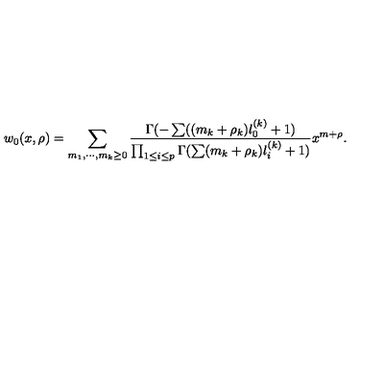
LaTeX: w _ { 0 } ( x , \rho ) = \sum _ { m _ { 1 } , \cdots , m _ { k } \geq 0 } { \frac { \Gamma ( - \sum ( ( m _ { k } + \rho _ { k } ) l _ { 0 } ^ { ( k ) } + 1 ) } { \prod _ { 1 \leq i \leq p } \Gamma ( \sum ( m _ { k } + \rho _ { k } ) l _ { i } ^ { ( k ) } + 1 ) } } x ^ { m + \rho } .